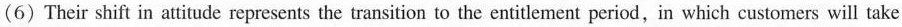
(6) Their shift in attitude represents the transition to the entitlement period, in which customers will take